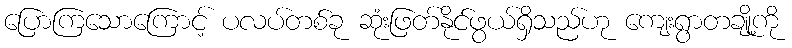
ပြောကြသောကြောင့် ပလပ်တစ်ခု ဆုံးဖြတ်နိုင်ဖွယ်ရှိသည်ဟု ကျေးရွာတချို့ကို